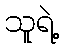
သူရဲ့